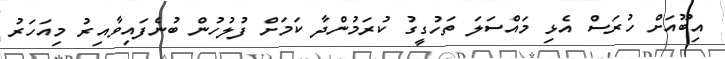
އިބޫއަށް ހުރަސް އެޅި މައްސަލަ ތަހުގީގު ކުރަމުންދާ ކަމަށް ފުލުހުން ބުނެފައިވާއިރު މިއަހަރު